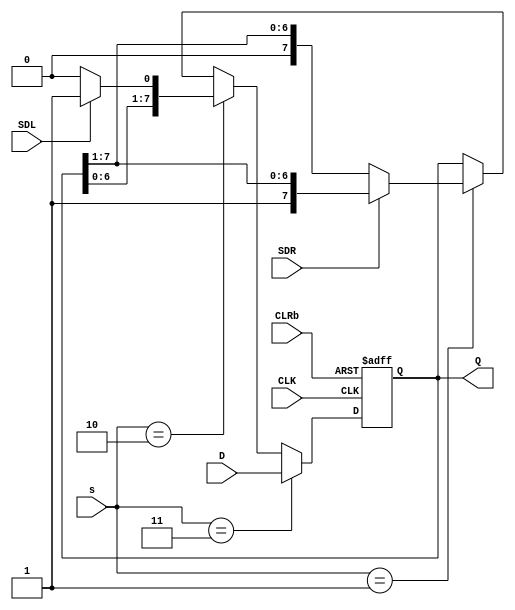
module shift_reg_8b(
		input CLRb,
		input [1:0] s,
		input CLK,
		input SDL,
		input SDR,
		input [7:0] D,
		output [7:0] Q
    );

		reg [7:0] Q;
	
		always  @(posedge CLK or negedge CLRb)
					begin
						if(!CLRb) Q <= 8'b00000000;
						else begin
							if(s == 2'b11) Q <= D;
					else if(s == 2'b10) begin
						if(!SDL) Q <= {Q[6], Q[5], Q[4], Q[3], Q[2], Q[1],  Q[0], 1'b0};
						else Q <= {Q[6], Q[5], Q[4], Q[3], Q[2], Q[1],  Q[0], 1'b1};
					end
					
					else if(s == 2'b01) begin
						if(!SDR) Q <= {1'b0 ,Q[7], Q[6], Q[5], Q[4], Q[3], Q[2], Q[1]};
						else Q <= {1'b1 ,Q[7], Q[6], Q[5], Q[4], Q[3], Q[2], Q[1]};
					end
					
					else Q <= Q;
					end
		end	
	
endmodule